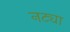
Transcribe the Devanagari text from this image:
नट्या